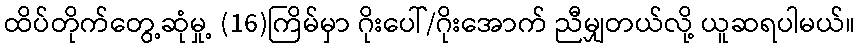
ထိပ်တိုက်တွေ့ဆုံမှု့ (16)ကြိမ်မှာ ဂိုးပေါ်/ဂိုးအောက် ညီမျှတယ်လို့ ယူဆရပါမယ်။